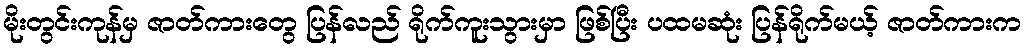
မိုးတွင်းကုန်မှ ဇာတ်ကားတွေ ပြန်လည် ရိုက်ကူးသွားမှာ ဖြစ်ပြီး ပထမဆုံး ပြန်ရိုက်မယ့် ဇာတ်ကားက